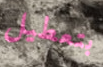
بتعطيل